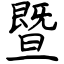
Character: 暨